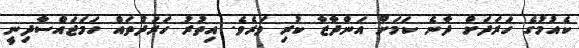
ކެއުމުގެ ހަރަދަށް ދާނެ ކަމަށް އަންދާޒާ ކުރި ވަރެވެ. އިތުރު ހަރަދުތައް ހަމަޖައްސާދިނީ